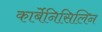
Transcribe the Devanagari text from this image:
कार्बेनिसिलिन